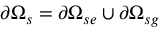
\partial \Omega _ { s } = \partial \Omega _ { s e } \cup \partial \Omega _ { s g }